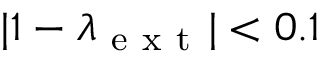
| 1 - \lambda _ { \mathrm { ~ e ~ x ~ t ~ } } | < 0 . 1